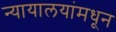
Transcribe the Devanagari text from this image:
न्यायालयांमधून